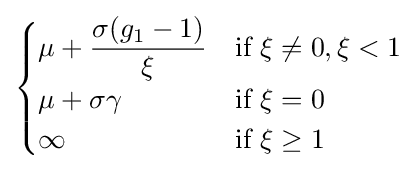
{\begin{cases}\mu +{\dfrac {\sigma (g_{1}-1)}{\xi }}&{\text{if }}\xi \neq 0,\xi <1\\\mu +\sigma \gamma &{\text{if }}\xi =0\\\infty &{\text{if }}\xi \geq 1\end{cases}}